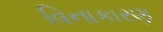
વિનાકારણ